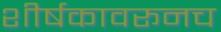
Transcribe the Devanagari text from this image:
शीर्षकावरूनच